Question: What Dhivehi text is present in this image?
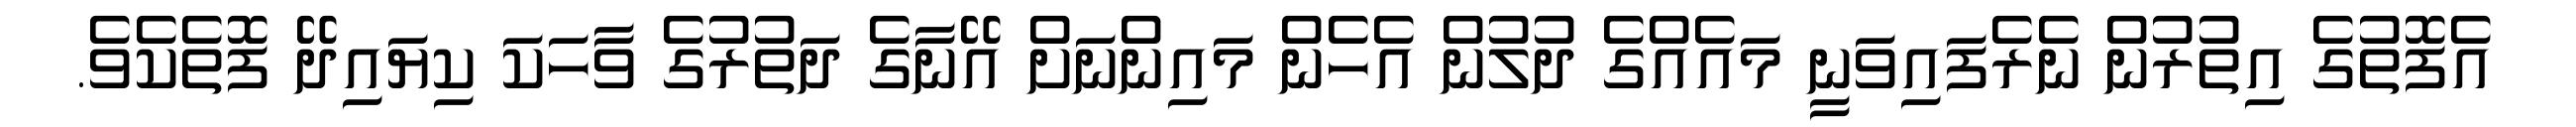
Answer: އެފޮތުގެ އިތުރުން ނެރެފައިވަނީ މައެއްގެ ދުލުން އެހެން މައިންނަށް އޭނާގެ ދަތުރުގެ ވާހަކަ ކިޔައިދޭ ފޮތެކެވެ.